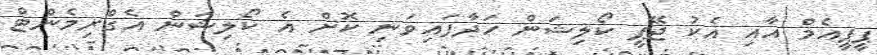
ޕީޕީއެމް އާއި އެކު ޖޭޕީ ކޯލިޝަން ހަދާފައިވަނި ކޮށް އެ ކޯލިޝަން އެގްރިމެންޓް